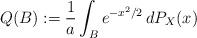
LaTeX: \begin{align*} Q(B) := \frac{1}{a}\int_B e^{-x^2/2} \, dP_X(x)\end{align*}